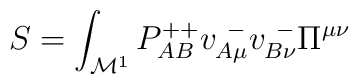
S = \int_{{\cal M}^1} P^{++}_{AB} v^{~-}_{A\mu } v^{~-}_{B\nu} \Pi^{\mu\nu}